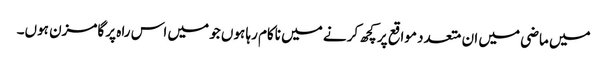
میں ماضی میں ان متعدد مواقع پر کچھ کرنے میں ناکام رہا ہوں جو میں اس راہ پر گامزن ہوں۔